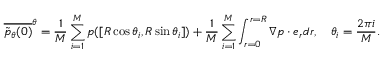
\overline { { \tilde { p } _ { \theta } ( \boldsymbol { 0 } ) } } ^ { \theta } = \frac 1 M \sum _ { i = 1 } ^ { M } p ( [ R \cos \theta _ { i } , R \sin \theta _ { i } ] ) + \frac 1 M \sum _ { i = 1 } ^ { M } \int _ { r = 0 } ^ { r = R } \boldsymbol { \nabla } p \cdot \boldsymbol { e } _ { r } d r , \quad \theta _ { i } = \frac { 2 \pi i } { M } .